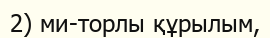
2) ми-торлы құрылым,